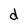
Character: d